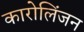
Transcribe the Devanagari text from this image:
कारोलिंजन